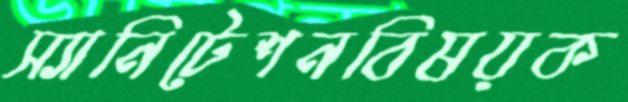
স্যানিটেশনবিষয়ক